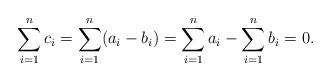
LaTeX: \begin{align*}\sum_{i=1}^n c_i = \sum_{i=1}^n (a_i-b_i) = \sum_{i=1}^n a_i - \sum_{i=1}^n b_i = 0.\end{align*}